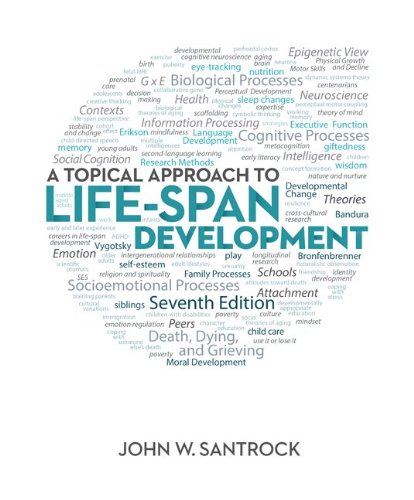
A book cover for A Topical Approach to Life-Span Development; John Santrock; Health, Fitness & Dieting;